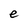
Character: e